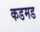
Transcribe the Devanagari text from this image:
कडमड